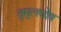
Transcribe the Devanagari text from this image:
तुमुलधोष